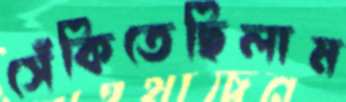
সেঁকিতেছিলাম